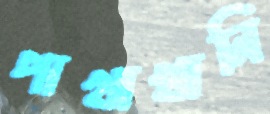
পাখাখানি